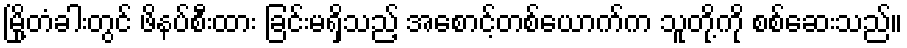
မြို့တံခါးတွင် ဖိနပ်စီးထား ခြင်းမရှိသည့် အစောင့်တစ်ယောက်က သူတို့ကို စစ်ဆေးသည်။